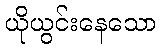
ယိုယွင်းနေသော